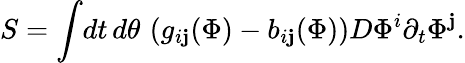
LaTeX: S=\int\! dt\, d\theta\, \left(g_{i\mathbf{j}}(\Phi)-b_{i\mathbf{j}}(\Phi)\right)D\Phi^{i}\partial_{t}\Phi^{\mathbf{j}}.